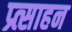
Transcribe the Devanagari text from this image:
प्र्त्साहन